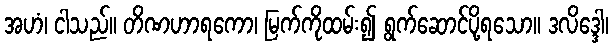
အဟံ၊ ငါသည်။ တိဏဟာရကော၊ မြက်ကိုထမ်း၍ ရွက်ဆောင်ပို့ရသော။ ဒလိဒ္ဒေါ၊